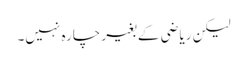
لیکن ریاضی کے بغیر چارہ نہیں۔